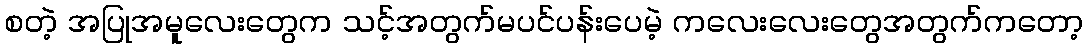
စတဲ့ အပြုအမူလေးတွေက သင့်အတွက်မပင်ပန်းပေမဲ့ ကလေးလေးတွေအတွက်ကတော့